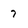
Character: 7